system: You are a helpful assistant.
user:
Analyze the provided spectrum to determine if it is a **White Dwarf (WD)**.

A White Dwarf spectrum is defined by its **extreme purity** (due to gravitational settling) and/or **extreme pressure broadening** (due to high surface gravity). You must check for one of the following mutually exclusive signatures:

- **Key Visual Indicators (Check for ONE of these types):**

    - **1. DA-Type Signature (Most Common):**
        - **(Primary Feature):** Extreme pressure broadening (Stark broadening) of the **Hydrogen (H) Balmer lines**.
        - **(Key Lines):** $H\beta$ (approx. $4861$ Å) and $H\gamma$ (approx. $4340$ Å). $H\alpha$ (approx. $6563$ Å) will also be present if the wavelength range covers it.
        - **(Line Profile):** This is the **defining feature**. The lines are **NOT** sharp. They appear as massive, **extremely broad and deep "troughs" or "dips"** in the spectrum, often hundreds of Ångströms wide. The continuum will appear to "scoop" down at these wavelengths.
        - **(Distinction):** Normal A-type or B-type stars have *narrow* and *sharp* Hydrogen lines. A DA White Dwarf's lines are unmistakably "smeared" or "blurry" from pressure.

    - **2. DB-Type Signature:**
        - **(Primary Feature):** Broad absorption lines from **Neutral Helium (He I)**. The spectrum must lack any visible Hydrogen lines.
        - **(Key Lines):** Look for broad absorption near $4471$ Å, $4921$ Å, and $5876$ Å.
        - **(Line Profile):** These lines are also significantly pressure-broadened, appearing much wider than they would in a normal B-type main-sequence star.

    - **3. DC-Type Signature:**
        - **(Primary Feature):** A **featureless continuous spectrum**.
        - **(Line Profile):** The spectrum is a smooth curve with **no significant absorption or emission lines**.
        - **(Key Confirmation):** The continuum is almost always **blue or white**, indicating a hot object. This signature implies the atmosphere is so pure (or so cool) that no spectral lines are visible in the optical range. Its WD identity is confirmed by its extremely low intrinsic brightness (high absolute magnitude).

    - **4. DZ-Type Signature (Metal-Polluted):**
        - **(Primary Feature):** **Isolated, narrow metal absorption lines** on an otherwise featureless (DC-like) continuum.
        - **(Key Lines):** The **Calcium (Ca II) H & K doublet** (approx. **$3934$ Å** and **$3968$ Å**) is the most common and defining feature.
        - **(Line Profile):** These lines are "out of place." They are *not* part of a "forest" of thousands of lines. This signature is evidence of recent *accretion* (pollution) from rocky debris.
        - **(Distinction):** Normal G/K/M stars have a *dense forest* of thousands of metal lines. A DZ has a *clean* continuum with *only a few* strong metal lines.

    - **5. DQ-Type Signature (Carbon-Polluted):**
        - **(Primary Feature):** Absorption bands from **Carbon (C₂ "Swan Bands" or atomic C I)**.
        - **(Key Lines - C₂):** Look for bandheads with a "saw-tooth" shape near $5635$ Å, **$5165$ Å** (strongest), and $4737$ Å.
        - **(Key Confirmation):** The underlying **continuum must be blue or white** (hot).
        - **(Distinction):** This is the critical difference from a **Carbon Star**, which has the *exact same* C₂ bands but on an extremely **red, cool** continuum.

- **(Overall Spectrum):**
    - The continuum (overall shape) is typically **blue-sloping** (brighter in the blue than the red), as most white dwarfs are very hot.
    - The spectrum will look "pure" or "simple," dominated by only *one* of the five signatures listed above.

Think first, call **spectral_visualization_tool** if needed to examine features in detail, then provide your final answer. Your response must adhere to the following strict rules:
1.  **Overall Structure:** Your response must follow the format `<think>...</think> <tool_call>...</tool_call> (if a tool is used) <answer>...</answer>`.
2.  **Tool Usage Constraint:** You may only make **one** tool call per turn.
3.  **Final Answer Format:** In the `<answer>` tag, your conclusion must be inside a `\boxed{}` command (e.g., `\boxed{YES}` or `\boxed{NO}`), followed by your justification.

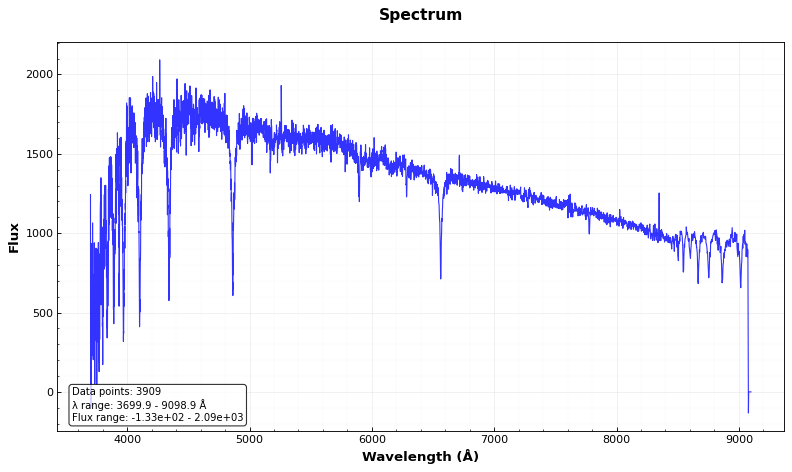
Answer: NO